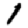
Digit: 1